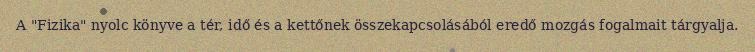
A "Fizika" nyolc könyve a tér, idő és a kettőnek összekapcsolásából eredő mozgás fogalmait tárgyalja.